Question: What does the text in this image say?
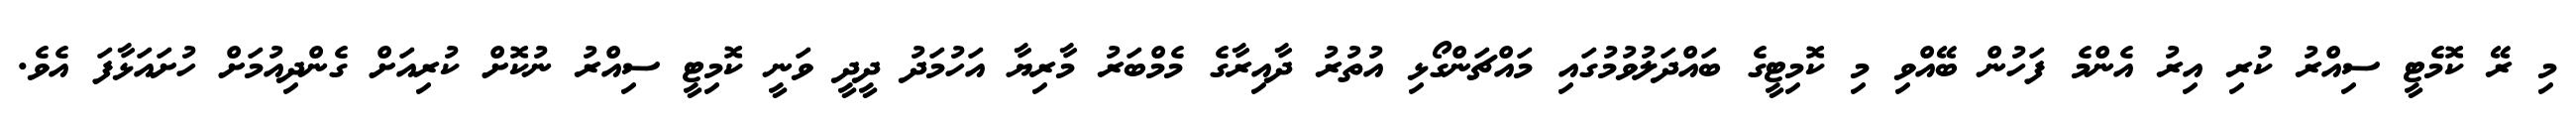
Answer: މި ރޭ ކޮމެޓީ ސިއްރު ކުރި އިރު އެންމެ ފަހުން ބޭއްވި މި ކޮމިޓީގެ ބައްދަލުވުމުގައި މައްޗަންގޯޅި އުތުރު ދާއިރާގެ މެމްބަރު މާރިޔާ އަހުމަދު ދީދީ ވަނީ ކޮމިޓީ ސިއްރު ނުކޮށް ކުރިއަށް ގެންދިއުމަށް ހުށައަޅާފަ އެވެ.